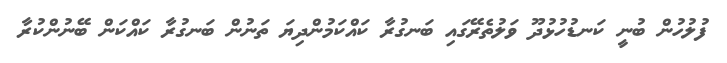
ފުލުހުން ބުނީ ކަނޑުހުޅުދޫ ވަލުތެރޭގައި ބަނގުރާ ކައްކަމުންދިޔަ ތަނުން ބަނގުރާ ކައްކަން ބޭނުންކުރާ